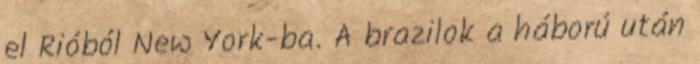
el Rióból New York-ba. A brazilok a háború után